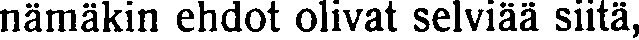
nämäkin ehdot olivat selviää siitä,